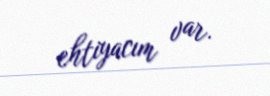
ehtiyacım var.